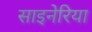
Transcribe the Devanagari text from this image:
साइनेरिया